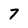
Character: 7